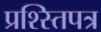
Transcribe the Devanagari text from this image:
प्रश्स्तिपत्र